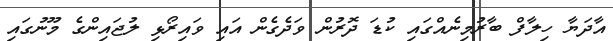
އާދަޔާ ހިލާފް ބާރުމިނެއްގައި ކުޑަ ދޮރުން ވަދެގެން އައި ވައިރޯޅި ލުޖައިންގެ މޫނުގައި